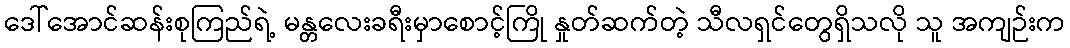
ဒေါ်အောင်ဆန်းစုကြည်ရဲ့ မန္တလေးခရီးမှာစောင့်ကြို နှုတ်ဆက်တဲ့ သီလရှင်တွေရှိသလို သူ အကျဉ်းက